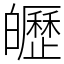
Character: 㿨